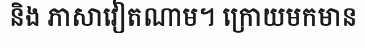
និង ភាសាវៀតណាម។ ក្រោយមកមាន